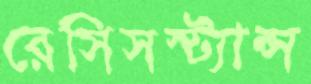
রেসিসস্ট্যান্স